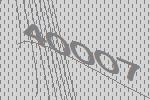
40007